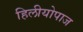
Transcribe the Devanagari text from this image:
हिलीयोपाज